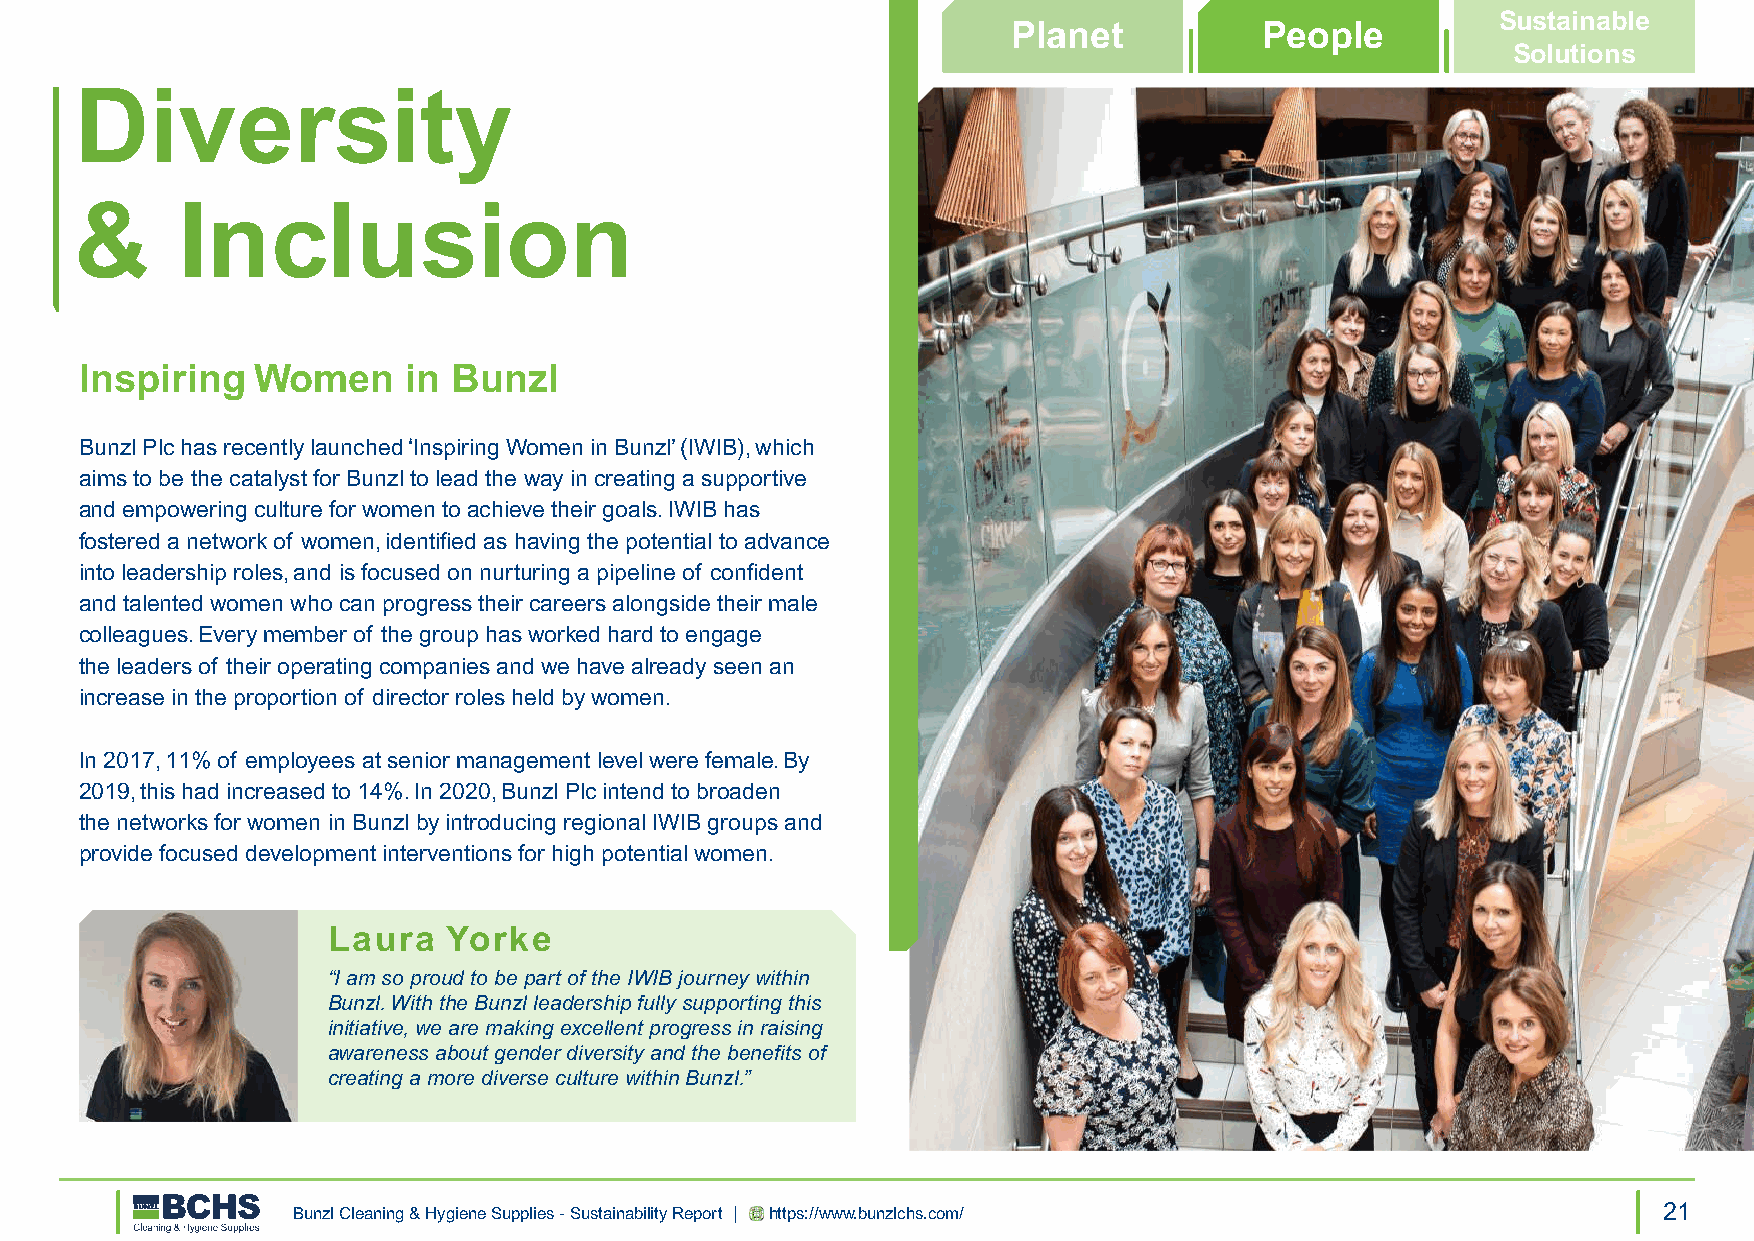
Sustainable
 Planet           People
 Solutions
 Diversity
 &      Inclusion
 Inspiring   Women     in Bunzl
 Bunzl Plc has recently launched ‘Inspiring Women in Bunzl’ (IWIB), which
 aims to be the catalyst for Bunzl to lead the way in creating a supportive
 and empowering culture for women to achieve their goals. IWIB has
 fostered a network of women, identified as having the potential to advance
 into leadership roles, and is focused on nurturing a pipeline of confident
 and talented women who can progress their careers alongside their male
 colleagues. Every member of the group has worked hard to engage
 the leaders of their operating companies and we have already seen an
 increase in the proportion of director roles held by women.
 In 2017, 11% of employees at senior management level were female. By
 2019, this had increased to 14%. In 2020, Bunzl Plc intend to broaden
 the networks for women in Bunzl by introducing regional IWIB groups and
 provide focused development interventions for high potential women.
 Laura   Yorke
 “I am so proud to be part of the IWIB journey within
 Bunzl. With the Bunzl leadership fully supporting this
 initiative, we are making excellent progress in raising
 awareness about gender diversity and the benefits of
 creating a more diverse culture within Bunzl.”
 Bunzl Cleaning & Hygiene Supplies - Sustainability Report | https://www.bunzlchs.com/      21